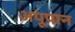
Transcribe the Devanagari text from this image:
अपूपान